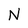
Character: N